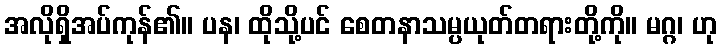
အလိုရှိအပ်ကုန်၏။ ပန၊ ထိုသို့ပင် စေတနာသမ္ပယုတ်တရားတို့ကို။ မဂ္ဂ၊ ဟု